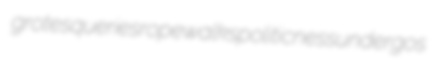
grotesqueries ropewalks politicness undergos